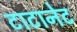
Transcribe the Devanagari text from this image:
टाटानेट